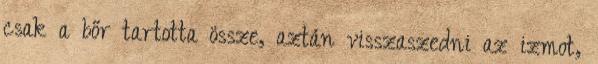
csak a bőr tartotta össze, aztán visszaszedni az izmot,